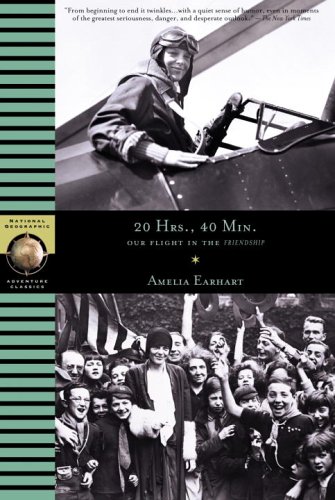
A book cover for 20 Hours, 40 Min:  Our Flight in the Friendship; Amelia Earhart; Travel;